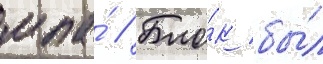
мпа́ // Бло́к бы́л